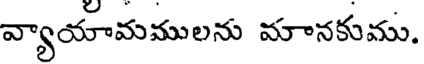
వ్యాయామములను మానకుము.